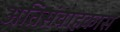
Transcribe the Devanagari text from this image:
अतिसंवाहकास